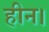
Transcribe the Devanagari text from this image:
हीन।